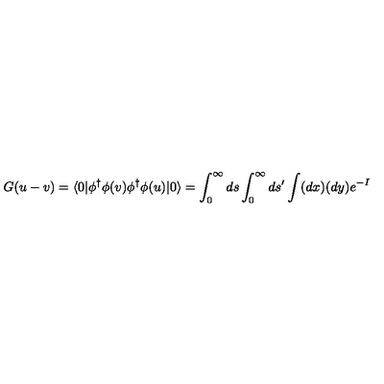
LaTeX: G ( u - v ) = \langle 0 | \phi ^ { \dagger } \phi ( v ) \phi ^ { \dagger } \phi ( u ) | 0 \rangle = \int _ { 0 } ^ { \infty } d s \int _ { 0 } ^ { \infty } d s ^ { \prime } \int ( d x ) ( d y ) e ^ { - I }